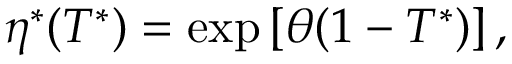
\eta ^ { * } ( T ^ { * } ) = \mathrm { e x p } \left[ \theta ( 1 - T ^ { * } ) \right] ,